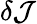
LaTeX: \delta{\mathcal J}